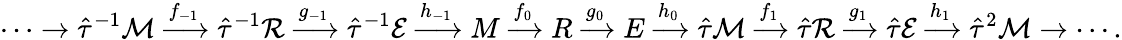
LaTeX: \cdots\to\hat{\tau}^{-1}\mathcal{M}\xrightarrow{f_{-1}}\hat{\tau}^{-1}\mathcal{R}\xrightarrow{g_{-1}}\hat{\tau}^{-1}\mathcal{E}\xrightarrow{h_{-1}}M\xrightarrow{f_{0}}R\xrightarrow{g_{0}}E\xrightarrow{h_{0}}\hat{\tau}\mathcal{M}\xrightarrow{f_{1}}\hat{\tau}\mathcal{R}\xrightarrow{g_{1}}\hat{\tau}\mathcal{E}\xrightarrow{h_{1}}\hat{\tau}^{2}\mathcal{M}\to\cdots.